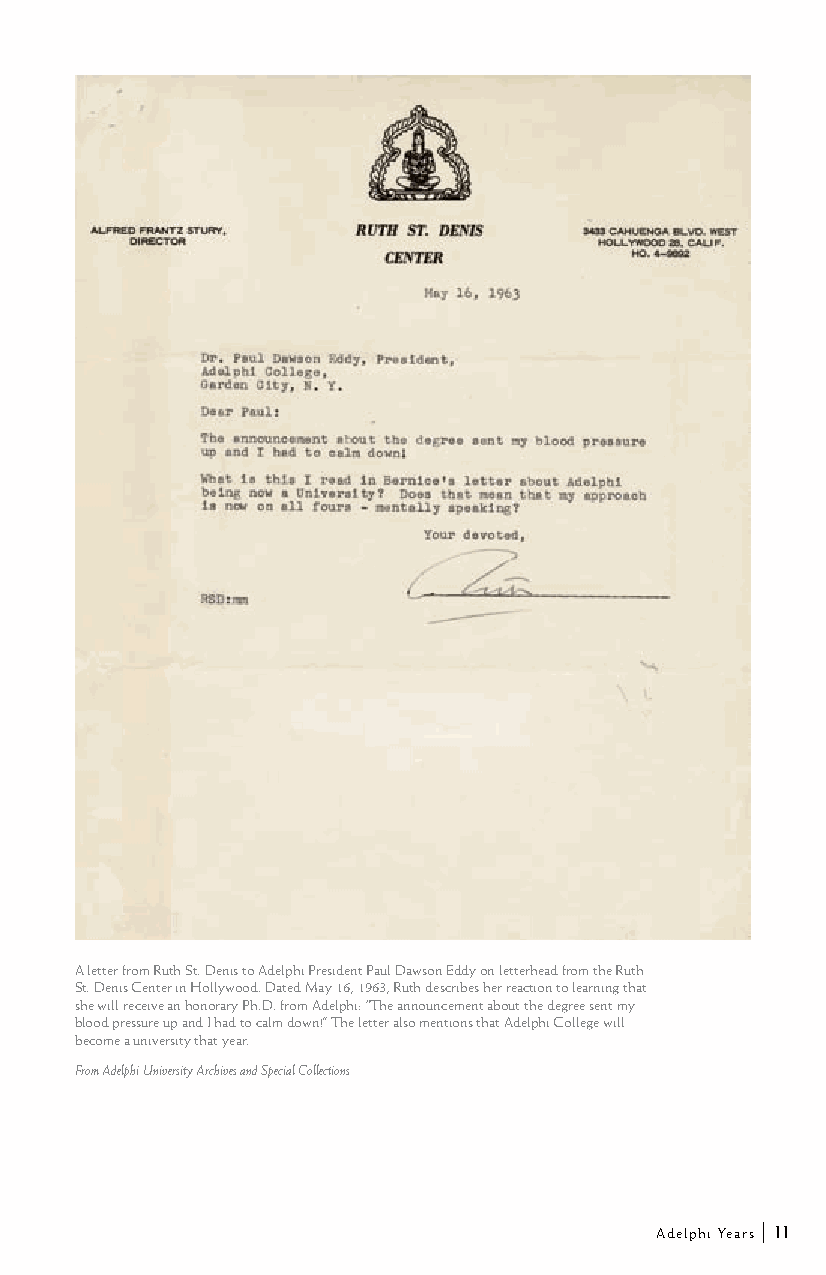
A letter from Ruth St. Denis to Adelphi President Paul Dawson Eddy on letterhead from the Ruth
 St. Denis Center in Hollywood. Dated May 16, 1963, Ruth describes her reaction to learning that
 she will receive an honorary Ph.D. from Adelphi: “The announcement about the degree sent my
 blood pressure up and I had to calm down!” The letter also mentions that Adelphi College will
 become a university that year.
 From Adelphi University Archives and Special Collections
 Adelphi Years | 11